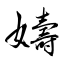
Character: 嬦